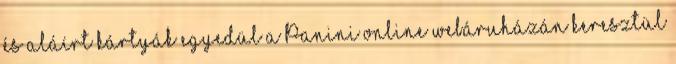
és aláírt kártyák egyedül a Panini online webáruházán keresztül